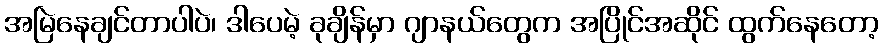
အမြဲနေချင်တာပါပဲ၊ ဒါပေမဲ့ ခုချိန်မှာ ဂျာနယ်တွေက အပြိုင်အဆိုင် ထွက်နေတော့